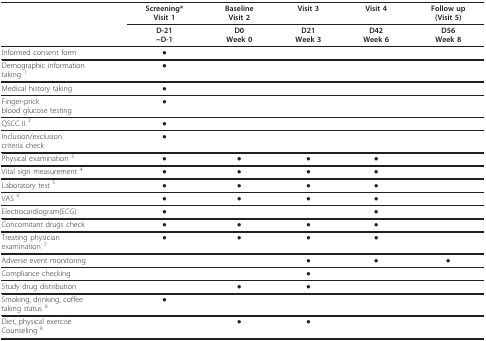
<table><thead><tr><td></td><td><b>Screening*Visit 1</b></td><td><b>BaselineVisit 2</b></td><td><b>Visit 3</b></td><td><b>Visit 4</b></td><td><b>Follow up(Visit 5)</b></td></tr><tr><td></td><td><b>D-21~D-1</b></td><td><b>D0Week 0</b></td><td><b>D21Week 3</b></td><td><b>D42Week 6</b></td><td><b>D56Week 8</b></td></tr></thead><tbody><tr><td>Informed consent form</td><td>●</td><td></td><td></td><td></td><td></td></tr><tr><td>Demographic informationtaking <sup>1</sup></td><td>●</td><td></td><td></td><td></td><td></td></tr><tr><td>Medical history taking</td><td>●</td><td></td><td></td><td></td><td></td></tr><tr><td>Finger-prickblood glucose testing</td><td>●</td><td></td><td></td><td></td><td></td></tr><tr><td>QSCC II <sup>2</sup></td><td>●</td><td></td><td></td><td></td><td></td></tr><tr><td>Inclusion/exclusioncriteria check</td><td>●</td><td></td><td></td><td></td><td></td></tr><tr><td>Physical examination <sup>3</sup></td><td>●</td><td>●</td><td>●</td><td>●</td><td></td></tr><tr><td>Vital sign measurement <sup>4</sup></td><td>●</td><td>●</td><td>●</td><td>●</td><td></td></tr><tr><td>Laboratory test <sup>5</sup></td><td>●</td><td>●</td><td>●</td><td>●</td><td></td></tr><tr><td>VAS <sup>6</sup></td><td>●</td><td>●</td><td>●</td><td>●</td><td></td></tr><tr><td>Electrocardiogram(ECG)</td><td>●</td><td></td><td></td><td>●</td><td></td></tr><tr><td>Concomitant drugs check</td><td>●</td><td>●</td><td>●</td><td>●</td><td></td></tr><tr><td>Treating physicianexamination <sup>7</sup></td><td>●</td><td>●</td><td>●</td><td>●</td><td></td></tr><tr><td>Adverse event monitoring</td><td></td><td></td><td>●</td><td>●</td><td>●</td></tr><tr><td>Compliance checking</td><td></td><td></td><td>●</td><td></td><td></td></tr><tr><td>Study drug distribution</td><td></td><td>●</td><td>●</td><td></td><td></td></tr><tr><td>Smoking, drinking, coffeetaking status <sup>8</sup></td><td>●</td><td></td><td></td><td></td><td></td></tr><tr><td>Diet, physical exerciseCounseling <sup>8</sup></td><td></td><td>●</td><td>●</td><td></td><td></td></tr></tbody></table>